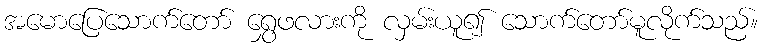
အမောပြေသောက်တော် ရွှေဖလားကို လှမ်းယူ၍ သောက်တော်မူလိုက်သည်။